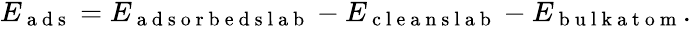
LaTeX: \begin{array}{r}{E_{\mathrm{~a~d~s~}}=E_{\mathrm{~a~d~s~o~r~b~e~d~s~l~a~b~}}-E_{\mathrm{~c~l~e~a~n~s~l~a~b~}}-E_{\mathrm{~b~u~l~k~a~t~o~m~}}.}\end{array}